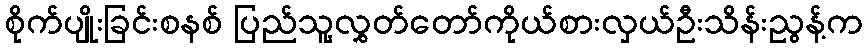
စိုက်ပျိုးခြင်းစနစ် ပြည်သူ့လွှတ်တော်ကိုယ်စားလှယ်ဦးသိန်းညွန့်က